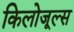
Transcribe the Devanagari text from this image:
किलोजूल्स